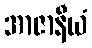
အာဇာနီယံ